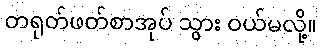
တရုတ်ဖတ်စာအုပ် သွား ဝယ်မလို့။